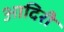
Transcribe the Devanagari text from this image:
आदिरी